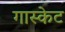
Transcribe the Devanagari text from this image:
गास्केट